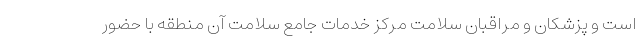
است و پزشکان و مراقبان سلامت مرکز خدمات جامع سلامت آن منطقه با حضور